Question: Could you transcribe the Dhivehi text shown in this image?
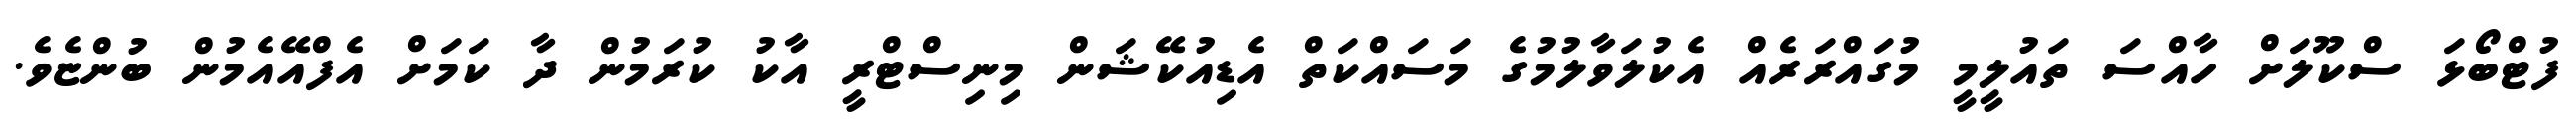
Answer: ފުޓްބޯޅަ ސްކޫލަށް ހާއްސަ ތައުލީމީ މުގައްރަރެއް އެކުލަވާލުމުގެ މަސައްކަތް އެޑިއުކޭޝަން މިނިސްޓްރީ އާކު ކުރަމުން ދާ ކަމަށް އެފްއޭއެމުން ބުންޏެވެ.